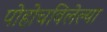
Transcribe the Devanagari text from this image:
पोहोचविलेल्या